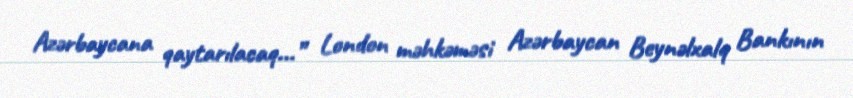
Azərbaycana qaytarılacaq...” London məhkəməsi Azərbaycan Beynəlxalq Bankının